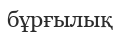
бұрғылық